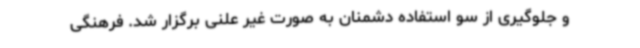
و جلوگیری از سو استفاده دشمنان به صورت غیر علنی برگزار شد. فرهنگی